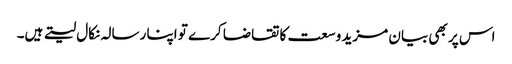
اس پر بھی بیان مزید وسعت کا تقاضا کرے تو اپنا رسالہ نکال لیتے ہیں۔